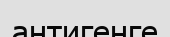
антигенге